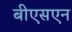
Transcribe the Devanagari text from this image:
बीएसएन